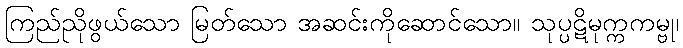
ကြည်ညိုဖွယ်သော မြတ်သော အဆင်းကိုဆောင်သော။ သုပ္ပဋိမုက္ကကမ္ဗု၊